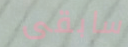
سابقى